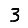
Digit: 3